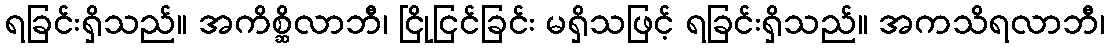
ရခြင်းရှိသည်။ အကိစ္ဆိလာဘီ၊ ငြိုငြင်ခြင်း မရှိသဖြင့် ရခြင်းရှိသည်။ အကသိရလာဘီ၊